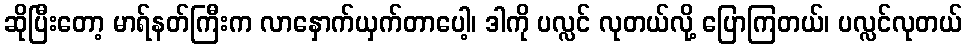
ဆိုပြီးတော့ မာရ်နတ်ကြီးက လာနှောက်ယှက်တာပေါ့၊ ဒါကို ပလ္လင် လုတယ်လို့ ပြောကြတယ်၊ ပလ္လင်လုတယ်